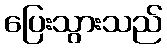
ပြေးသွားသည်